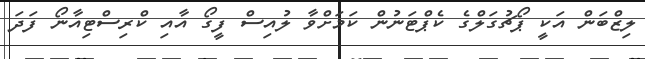
ލިޒްބަން އަކީ ޕޯޗުގަލްގެ ކެޕްޓަނުން ކަމަށްވާ ލުއިސް ފީގޯ އާއި ކްރިސްޓިއާނޯ ފަދަ